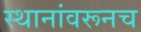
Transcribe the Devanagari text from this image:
स्थानांवरूनच